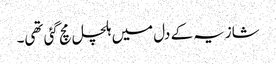
شازیہ کے دل میں ہلچل مچ گئی تھی۔